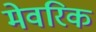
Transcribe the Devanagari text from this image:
मेवरिक